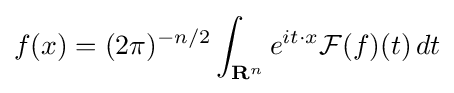
f(x)=(2\pi )^{-n/2}\int _{{\mathbf {R} }^{n}}e^{it\cdot x}{\mathcal {F}}(f)(t)\,dt